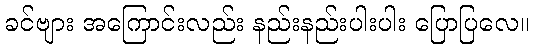
ခင်ဗျား အကြောင်းလည်း နည်းနည်းပါးပါး ပြောပြလေ။